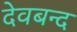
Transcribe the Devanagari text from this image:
देवबन्‍द